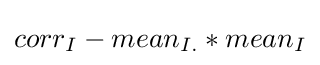
corr_{I}-mean_{I.}*mean_{I}